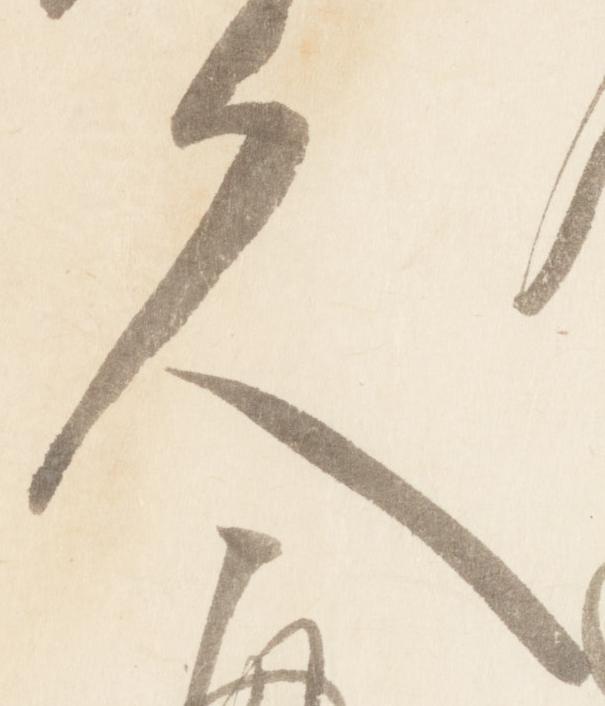
久